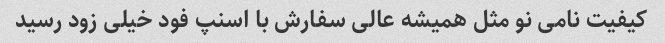
کیفیت نامی نو مثل همیشه عالی سفارش با اسنپ فود خیلی زود رسید